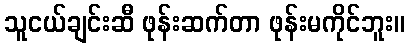
သူငယ်ချင်းဆီ ဖုန်းဆက်တာ ဖုန်းမကိုင်ဘူး။